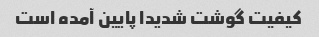
کیفیت گوشت شدیدا پایین آمده است